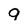
Character: 9